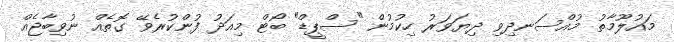
މައުލޫމާތު މުއްސަނދިވި ދިޔަވަރު ހިކުމުން "ސްޕީޑް" ބޯޓް މިއަދު ފުންކުރެވޭ ގޮތެއް ނުވިބާޖެއް